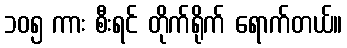
၁၀၅ ကား စီးရင် တိုက်ရိုက် ရောက်တယ်။